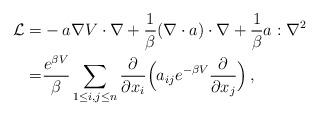
LaTeX: \begin{align*} \mathcal{L} =& -a \nabla V \cdot \nabla + \frac{1}{\beta} (\nabla\cdot a) \cdot \nabla + \frac{1}{\beta} a:\nabla^2\\ =&\frac{e^{\beta V}}{\beta} \sum_{1 \le i, j \le n} \frac{\partial}{\partial x_i}\Big(a_{ij} e^{-\beta V}\frac{\partial}{\partial x_j}\Big)\,, \end{align*}